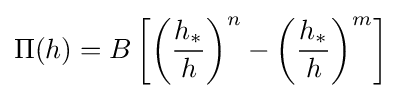
\Pi (h)=B\left[\left({\frac {h_{*}}{h}}\right)^{n}-\left({\frac {h_{*}}{h}}\right)^{m}\right]